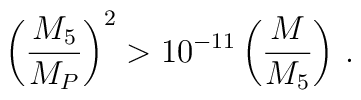
\left(\frac{M_5}{M_P}\right)^2 > 10^{-11} \left(\frac{M}{M_5}\right)\,.